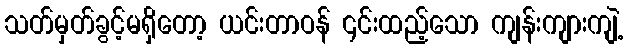
သတ်မှတ်ခွင့်မရှိတော့ ယင်းတာဝန် ၎င်းထည့်သော ကျန်းကျားကျဲ့